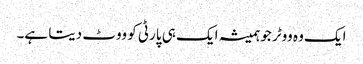
ایک وہ ووٹر جو ہمیشہ ایک ہی پارٹی کو ووٹ دیتا ہے۔